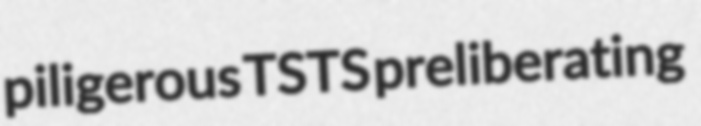
piligerous TSTS preliberating